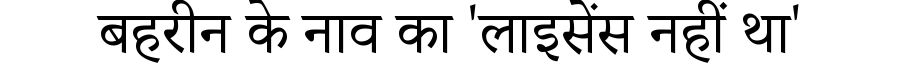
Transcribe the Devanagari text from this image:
बहरीन के नाव का 'लाइसेंस नहीं था'